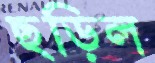
ছড়িল